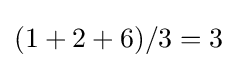
(1+2+6)/3=3